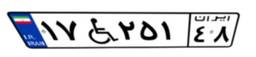
۱۷W۲۵۱۴۸